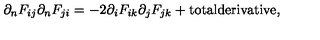
\partial _ { n } F _ { i j } \partial _ { n } F _ { j i } = - 2 \partial _ { i } F _ { i k } \partial _ { j } F _ { j k } + \mathrm { t o t a l d e r i v a t i v e } ,